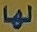
لها